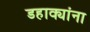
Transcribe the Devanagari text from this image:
डहाक्यांना